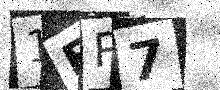
Text: 1EP7